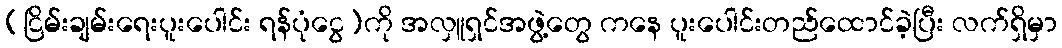
(ငြိမ်းချမ်းရေးပူးပေါင်း ရန်ပုံငွေ)ကို အလှူရှင်အဖွဲ့တွေ ကနေ ပူးပေါင်းတည်ထောင်ခဲ့ပြီး လက်ရှိမှာ